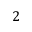
2